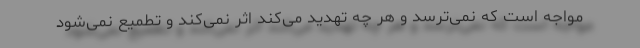
مواجه است که نمی‌ترسد و هر چه تهدید می‌کند اثر نمی‌کند و تطمیع نمی‌شود